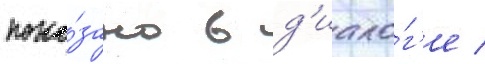
пока́зано в д'иало́г'е /